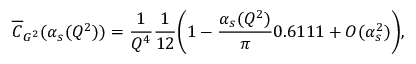
\overline { { { C } } } _ { G ^ { 2 } } ( \alpha _ { s } ( Q ^ { 2 } ) ) = \frac { 1 } { Q ^ { 4 } } \frac { 1 } { 1 2 } \biggl ( 1 - \frac { \alpha _ { s } ( Q ^ { 2 } ) } { \pi } 0 . 6 1 1 1 + O ( \alpha _ { s } ^ { 2 } ) \biggr ) ,